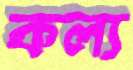
কল্য